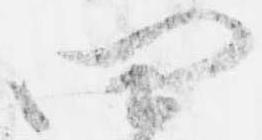
四